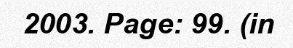
2003. Page: 99. (in